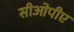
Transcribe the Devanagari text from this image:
सीओपीए